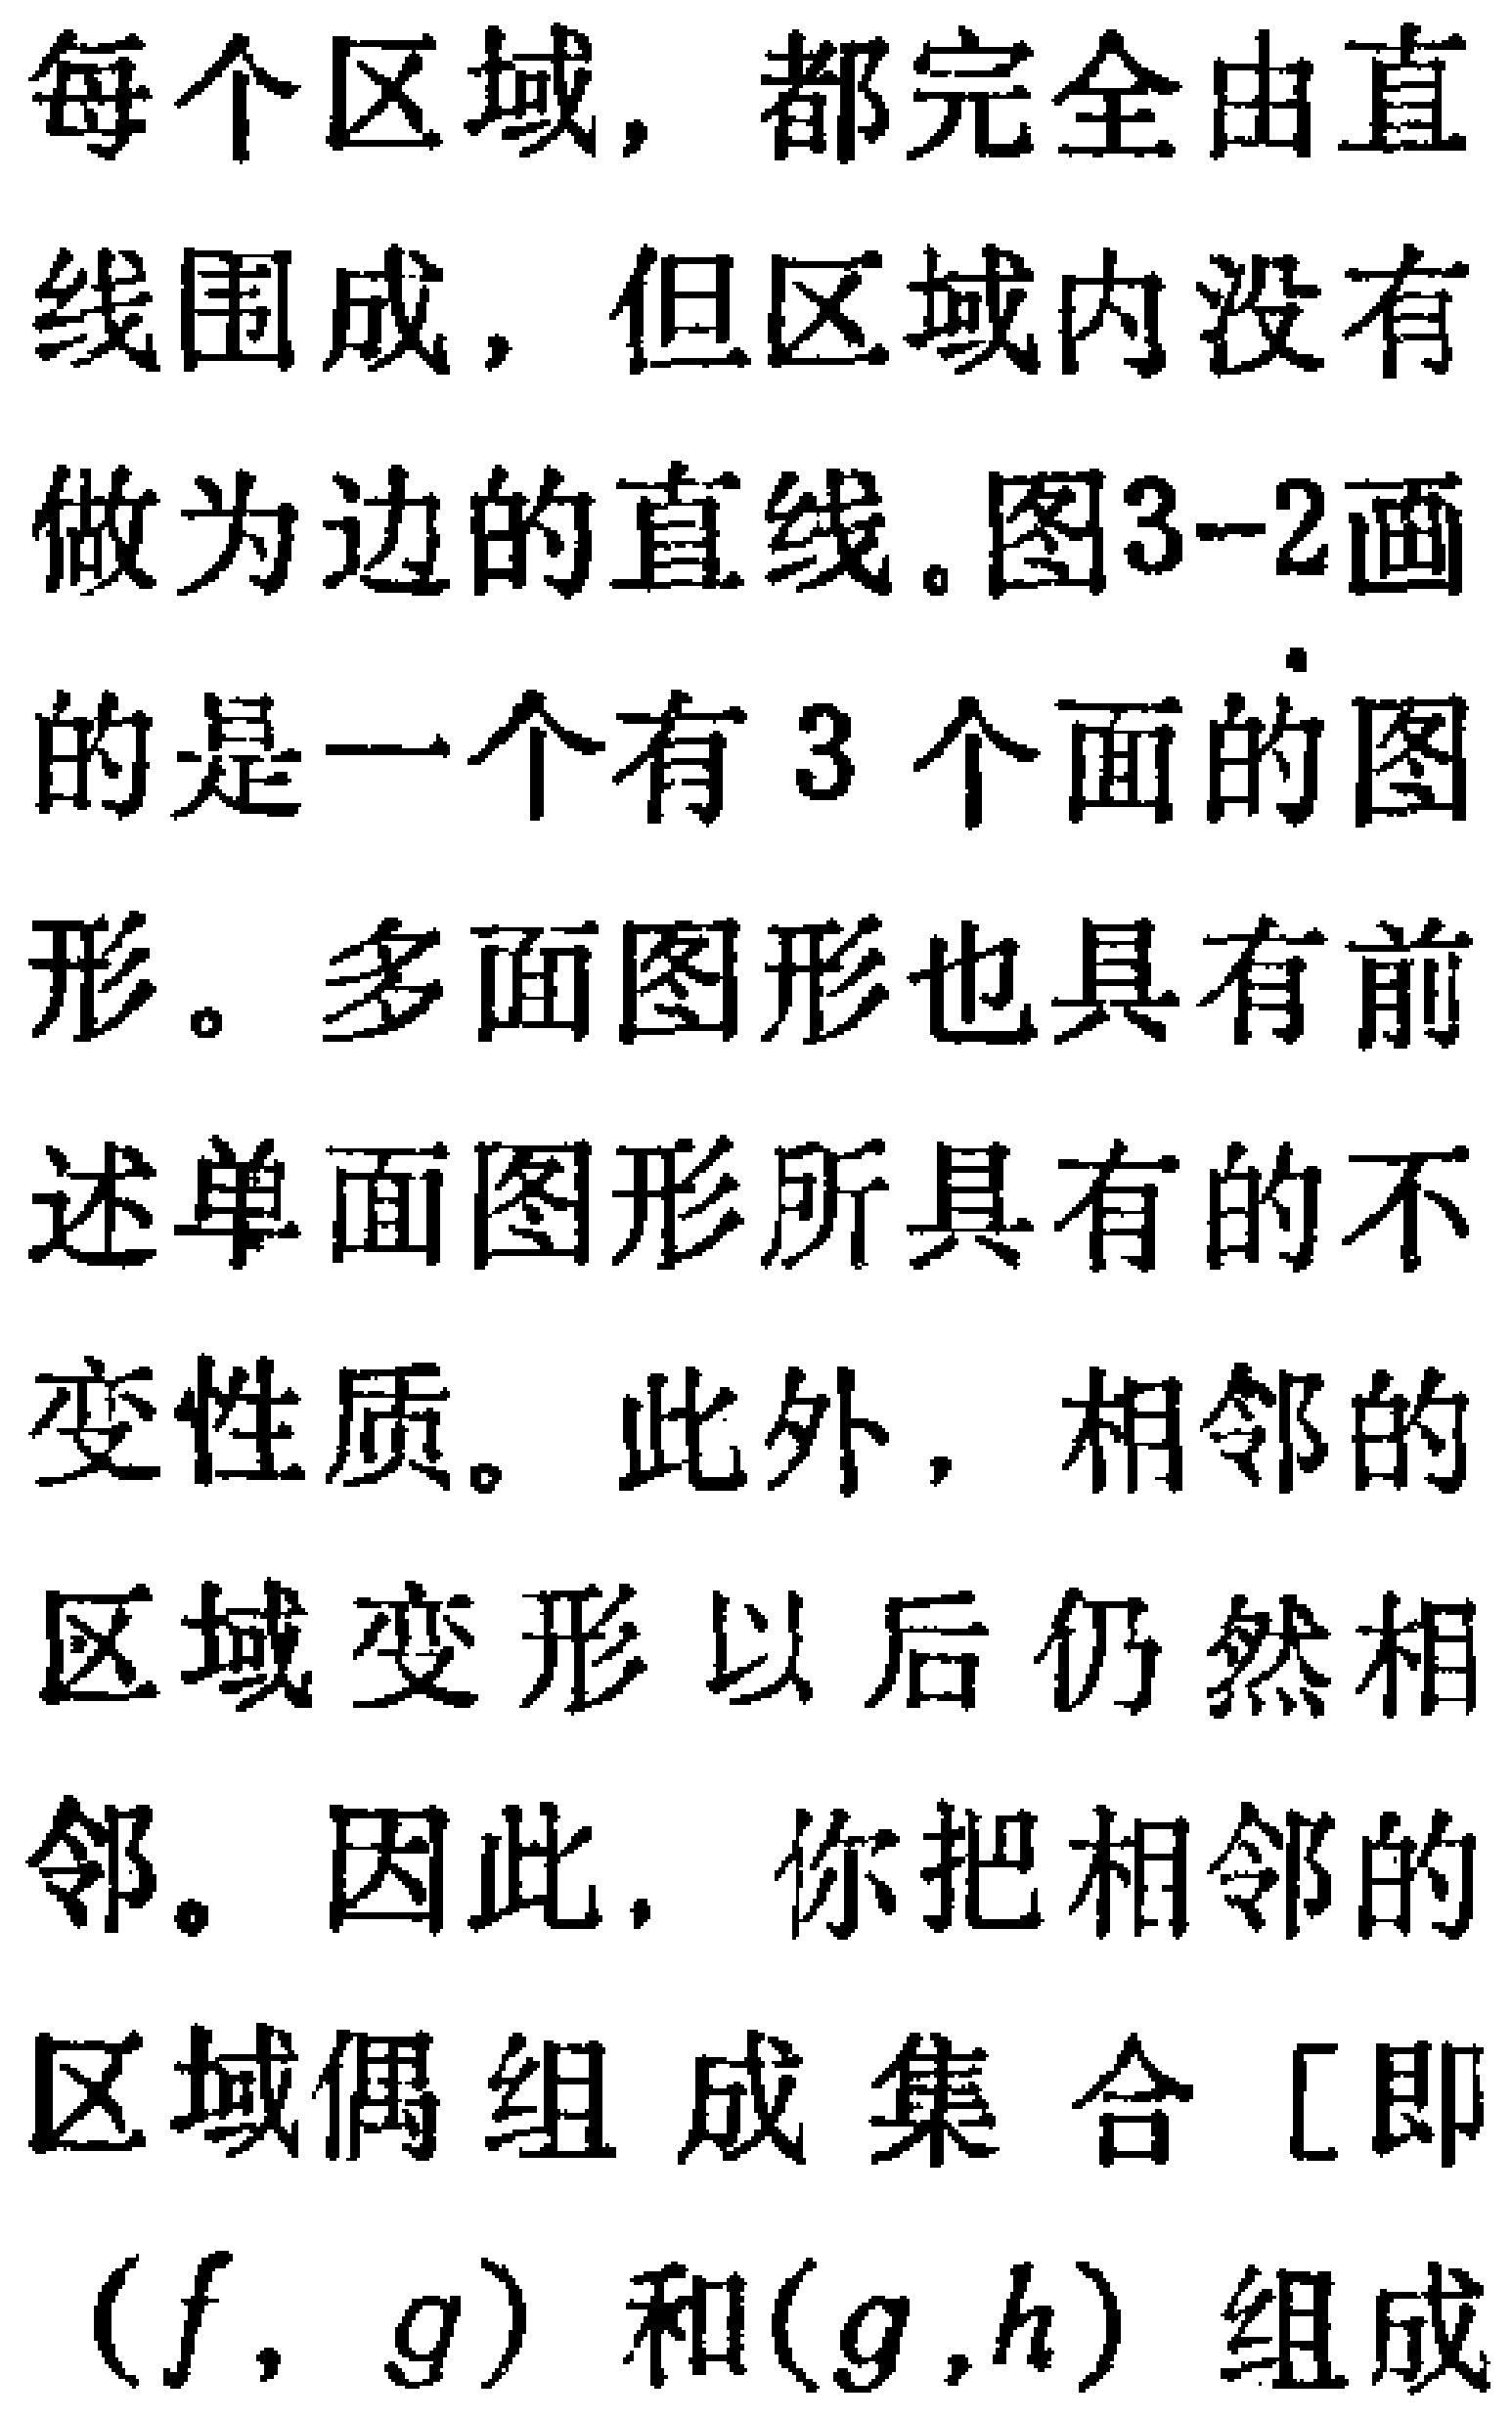
每个区域，都完全由直

线围成，但区域内没有

做为边的直线。图3--2画

的是一个有3个面的图

形。多面图形也具有前

述单面图形所具有的不

变性质。此外，相邻的

区域变形以后仍然相

邻。因此，你把相邻的

区域偶组成集合[即

$(f,g)$和$(g,h)$组成